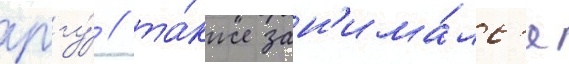
рггу́ / та́кже зан'има́лс'я